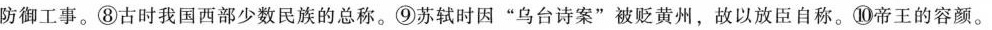
防御工事。⑧古时我国西部少数民族的总称。⑨苏轼时因”乌台诗案”被贬黄州，故以放臣自称。⑩帝王的容颜。